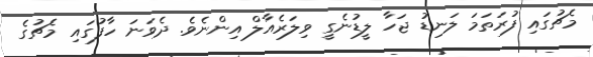
މެޗުގައި ފުރަތަމަ ލަނޑު ޖަހާ ލީޑުނެގީ ވިލަރެއާލް އިންނެވެ. ދެވަނަ ހާފުގައި މެޗުގެ